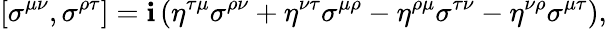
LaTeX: \left[\sigma^{\mu\nu},\sigma^{\rho\tau}\right]=\mathbf{i}\left(\eta^{\tau\mu}\sigma^{\rho\nu}+\eta^{\nu\tau}\sigma^{\mu\rho}-\eta^{\rho\mu}\sigma^{\tau\nu}-\eta^{\nu\rho}\sigma^{\mu\tau}\right),